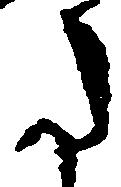
た